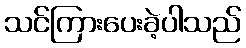
သင်ကြားပေးခဲ့ပါသည်